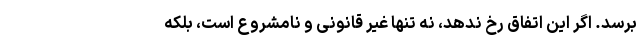
برسد. اگر این اتفاق رخ ندهد، نه تنها غیر قانونی و نامشروع است، بلکه